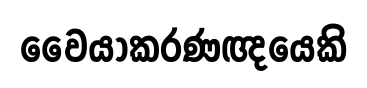
වෛයාකරණඥයෙකි